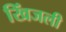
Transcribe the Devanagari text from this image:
खिंजली